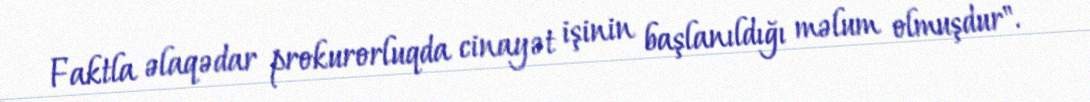
Faktla əlaqədar prokurorluqda cinayət işinin başlanıldığı məlum olmuşdur".